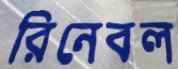
রিনেবল